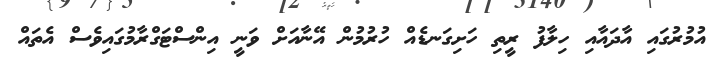
އުމުރުގައި އާދައާއި ހިލާފު ރީތި ހަށިގަނޑެއް ހުރުމުން އޭނާއަށް ވަނީ އިންސްޓަގްރާމުގައިވެސް އެތައް